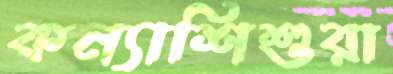
কন্যাশিশুরা